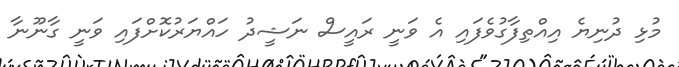
މުޅި ދުނިޔެ އިއްތިފާގުވެފައި އެ ވަނީ ރައީސް ނަޝީދު ހައްޔަރުކޮށްފައި ވަނީ ގާނޫނާ